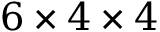
6 \times 4 \times 4